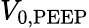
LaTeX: V_{\mathrm{0,PEEP}}